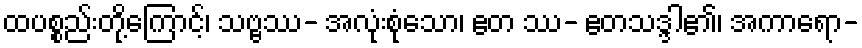
ထပစ္စည်းတို့ကြောင့်၊ သဗ္ဗဿ- အလုံးစုံသော၊ ဧတ ဿ- ဧတသဒ္ဒါ၏၊ အကာရော-